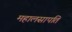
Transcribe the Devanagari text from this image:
महालसापति